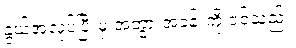
နွယ့်အလုပ်ပြီးမှ အဘွားအခန်းကို ဝင်သည်။